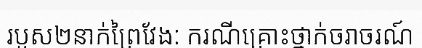
របួស២នាក់ព្រៃវែង: ករណីគ្រោះថ្នាក់ចរាចរណ៍